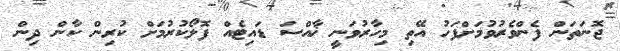
ޖޮނަތަން ފެންވެރުވުމަށްފަހު އޭތި މިހާރުވަނީ ޚާއްސަ ޑައިޓެއް ފޮލޯކުރުމަށް ކުރިން ކާން ދިން